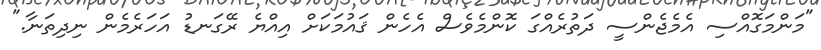
"މަންމަގޮއްސި އެމެޖެންސީ ދަތުރެއްގަ ކޮންމެވެސް އެހެން ޤައުމަކަށް އިއްޔެ ރޭގަނޑު އަހަރެމެން ނިދިތަނާ."